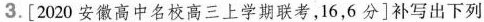
3. [2020安徽高中名校高三上学期联考，16，6分]补写出下列